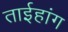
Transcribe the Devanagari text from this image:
ताईहांग